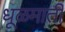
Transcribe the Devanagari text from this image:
धूळमाती